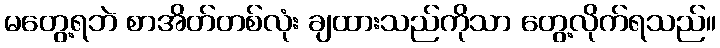
မတွေ့ရဘဲ စာအိတ်တစ်လုံး ချထားသည်ကိုသာ တွေ့လိုက်ရသည်။